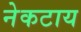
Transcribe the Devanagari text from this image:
नेकटाय